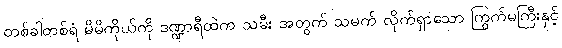
တစ်ခါတစ်ရံ မိမိကိုယ်ကို ဒဏ္ဍာရီထဲက သမီး အတွက် သမက် လိုက်ရှာသော ကြွက်မကြီးနှင့်